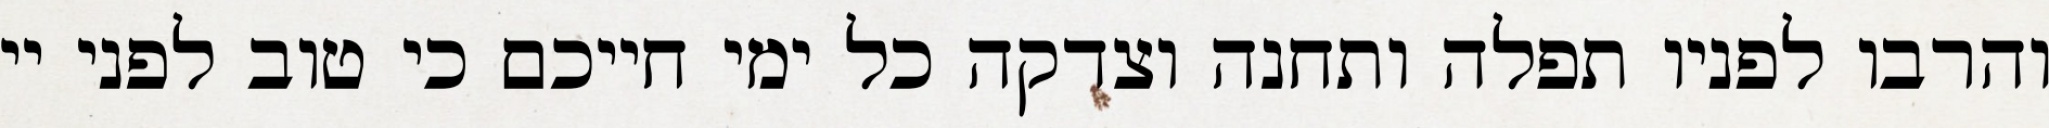
והרבו לפניו תפלה ותחנה וצדקה כל ימי חייכם כי טוב לפני יי